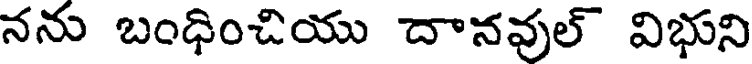
నను బంధించియు దానవుల్ విభుని